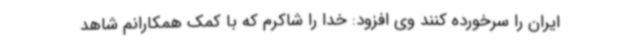
ایران را سرخورده کنند وی افزود: خدا را شاکرم که با کمک همکارانم شاهد